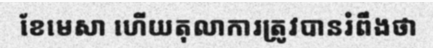
ខែមេសា ហើយតុលាការត្រូវបានរំពឹងថា